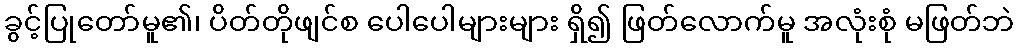
ခွင့်ပြုတော်မူ၏၊ ပိတ်တိုဖျင်စ ပေါပေါများများ ရှိ၍ ဖြတ်လောက်မူ အလုံးစုံ မဖြတ်ဘဲ